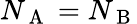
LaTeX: N_{\mathrm{~A~}}=N_{\mathrm{~B~}}